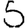
Digit: 5